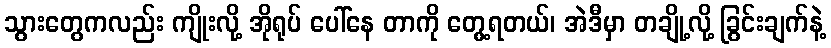
သွားတွေကလည်း ကျိုးလို့ အိုရုပ် ပေါ်နေ တာကို တွေ့ရတယ်၊ အဲဒီမှာ တချို့လို့ ခြွင်းချက်နဲ့